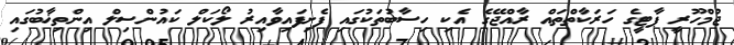
ޖުމްހޫރީ ޕާޓީގެ ހަރަކާތްތައް ރާއްޖޭގެ އެކި ހިސާބުތަކުގައި ފެށިފައިވާއިރު ލޯކަލް ކައުންސިލް އިންތިޚާބުގައި